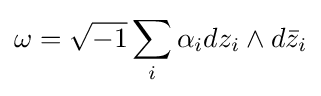
\omega ={\sqrt {-1}}\sum _{i}\alpha _{i}dz_{i}\wedge d{\bar {z}}_{i}